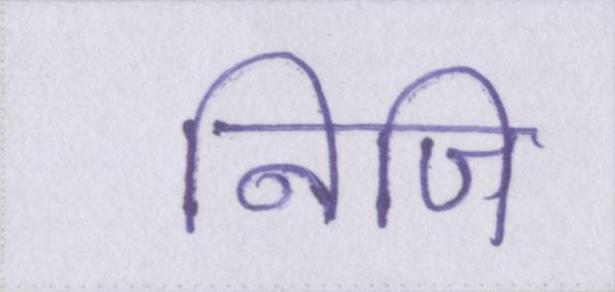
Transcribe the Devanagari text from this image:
निजि